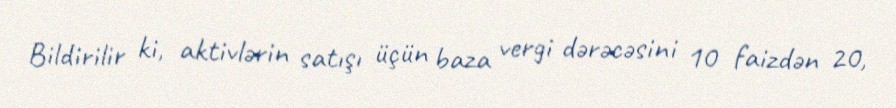
Bildirilir ki, aktivlərin satışı üçün baza vergi dərəcəsini 10 faizdən 20,